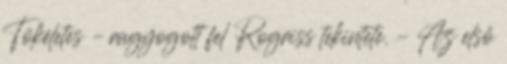
Tökéletes – ragyogott fel Rogriss tekintete. – Az első